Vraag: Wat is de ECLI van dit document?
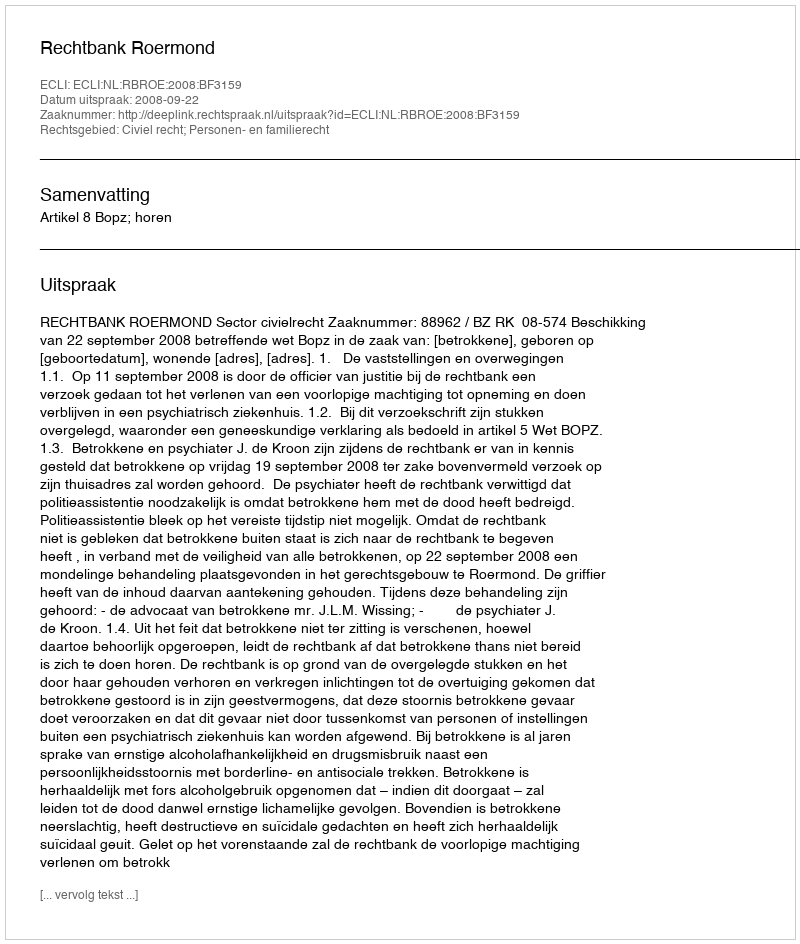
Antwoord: ECLI:NL:RBROE:2008:BF3159